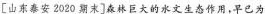
[山东泰安2020期末]森林巨大的水文生态作用，早已为